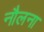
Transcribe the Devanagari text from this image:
नौलना